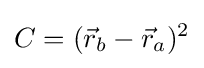
C=({\vec {r}}_{b}-{\vec {r}}_{a})^{2}